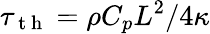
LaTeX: \tau_{\mathrm{~t~h~}}=\rho C_{p}L^{2}/4\kappa